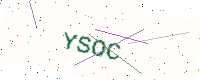
Text: YSOC